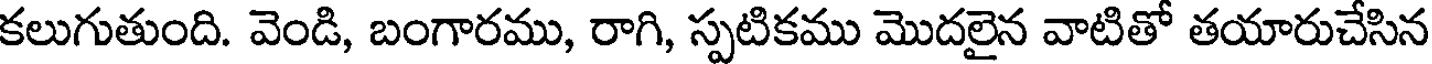
కలుగుతుంది. వెండి, బంగారము, రాగి, స్పటికము మొదలైన వాటితో తయారుచేసిన